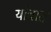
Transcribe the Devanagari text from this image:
यांचात